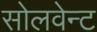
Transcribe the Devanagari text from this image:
सोलवेन्ट